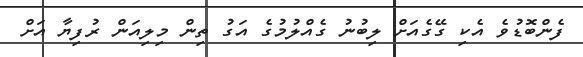
ފެންބޮޑުވެ އެކި ގޭގެއަށް ލިބުނު ގެއްލުމުގެ އަގު ތިން މިލިއަން ރުފިޔާ އަށް